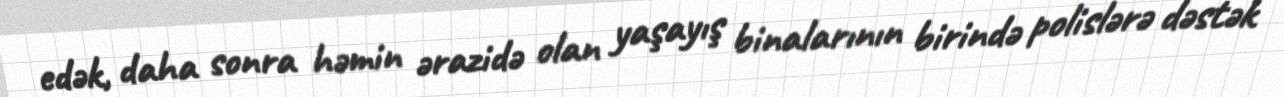
edək, daha sonra həmin ərazidə olan yaşayış binalarının birində polislərə dəstək